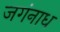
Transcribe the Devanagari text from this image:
जगंनाध